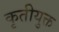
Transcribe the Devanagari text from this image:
कृतीयुक्त